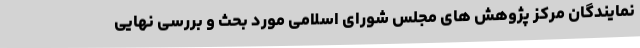
نمایندگان مرکز پژوهش های مجلس شورای اسلامی مورد بحث و بررسی نهایی